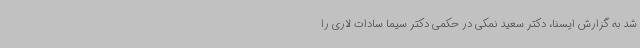
شد به گزارش ایسنا، دکتر سعید نمکی در حکمی دکتر سیما سادات لاری را